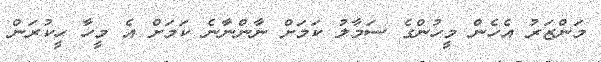
މަންޒަރު އެހެން މީހުންގެ ސަމާލު ކަމަށް ނާންނާނެ ކަމަށް އެ މީހާ ހީކުރަން